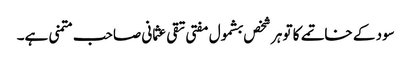
سود کے خاتمے کا تو ہر شخص بشمول مفتی تقی عثمانی صاحب متمنی ہے۔